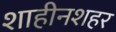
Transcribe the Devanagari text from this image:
शाहीनशहर